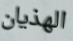
الهذيان